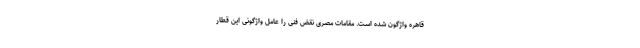
قاهره واژگون شده است. مقامات مصری نقض فنی را عامل واژگونی این قطار